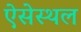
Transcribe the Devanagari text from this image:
ऐसेस्थल